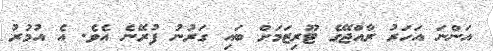
އަންނަ އަހަރު ރާއްޖޭގެ ޓޫރިޒަމަށް ބައި ގަރުނު ފުރޭނެ އެވެ. އެ އުމުރު